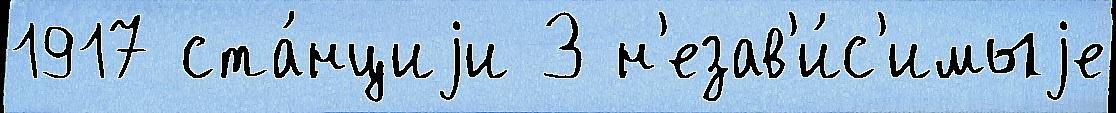
1917 ста́нциjи З н'езав'и́с'имыjе